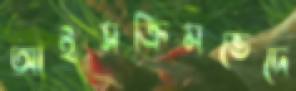
আইসক্রিমভেদে